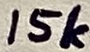
Text: 15k